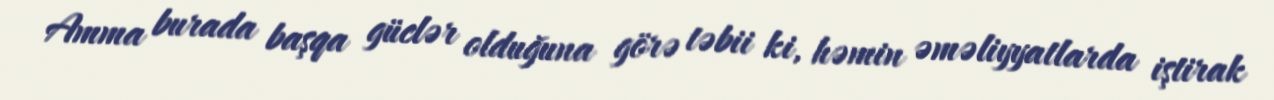
Amma burada başqa güclər olduğuna görə təbii ki, həmin əməliyyatlarda iştirak